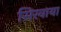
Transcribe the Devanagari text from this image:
सिरवाया